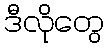
ဒီလိုတွေ